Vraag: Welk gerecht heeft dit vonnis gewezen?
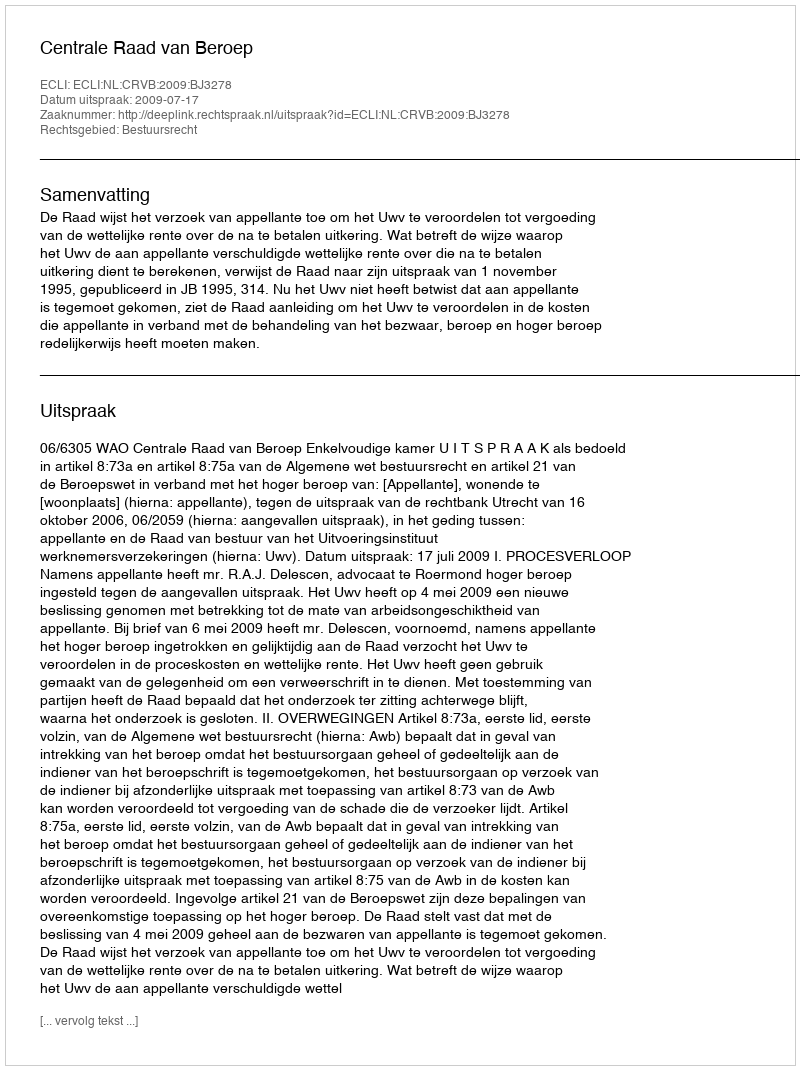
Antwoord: Centrale Raad van Beroep